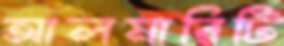
আলমারিটি